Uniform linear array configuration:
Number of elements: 12
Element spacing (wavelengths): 0.5
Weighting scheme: hamming
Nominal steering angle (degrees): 0
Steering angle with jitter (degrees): -1.452
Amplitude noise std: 0.05
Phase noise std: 0.05

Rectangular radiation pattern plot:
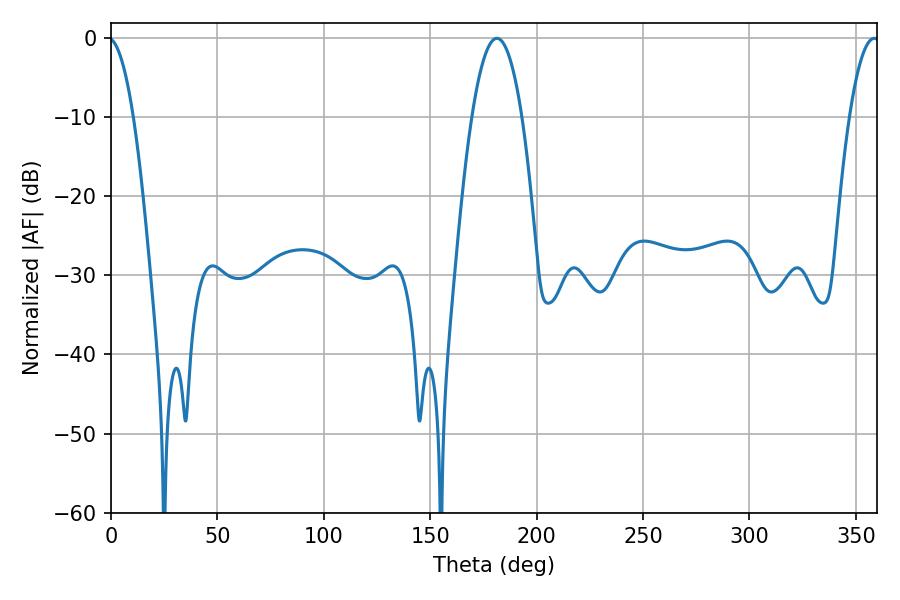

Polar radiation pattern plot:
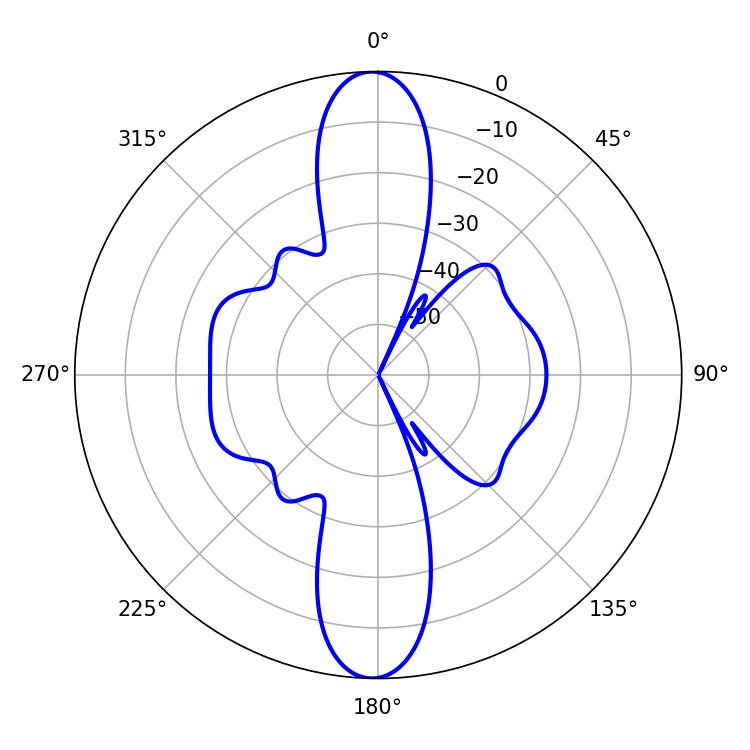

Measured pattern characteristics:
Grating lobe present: FALSE
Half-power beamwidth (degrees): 12.96
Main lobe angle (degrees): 181.26